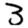
Digit: 3